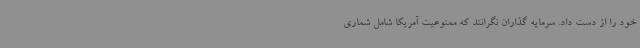
خود را از دست داد. سرمایه گذاران نگرانند که ممنوعیت آمریکا شامل شماری